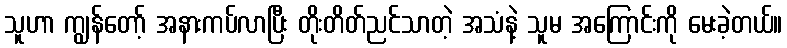
သူဟာ ကျွန်တော့် အနားကပ်လာပြီး တိုးတိတ်ညင်သာတဲ့ အသံနဲ့ သူမ အကြောင်းကို မေးခဲ့တယ်။